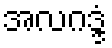
အလဂဒ္ဒံ